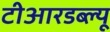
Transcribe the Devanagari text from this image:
टीआरडब्ल्यू